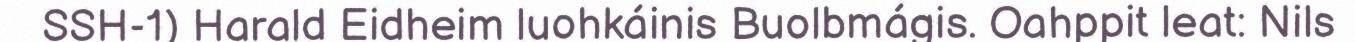
SSH-1) Harald Eidheim luohkáinis Buolbmágis. Oahppit leat: Nils